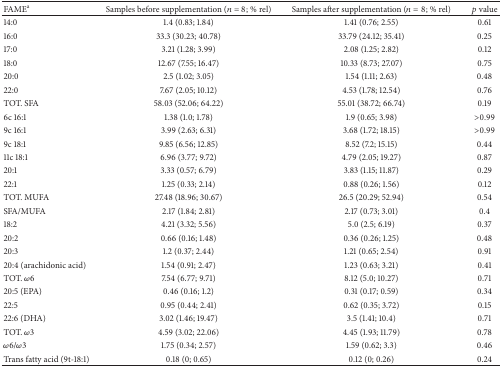
<table><thead><tr><td><b>FAME<sup>a</sup></b></td><td><b>Samples before supplementation (<i>n</i> = 8; % rel)</b></td><td><b>Samples after supplementation (<i>n</i> = 8; % rel)</b></td><td><b><i>p</i> value</b></td></tr></thead><tbody><tr><td>14:0</td><td>1.4 (0.83; 1.84)</td><td>1.41 (0.76; 2.55)</td><td>0.61</td></tr><tr><td>16:0</td><td>33.3 (30.23; 40.78)</td><td>33.79 (24.12; 35.41)</td><td>0.25</td></tr><tr><td>17:0</td><td>3.21 (1.28; 3.99)</td><td>2.08 (1.25; 2.82)</td><td>0.12</td></tr><tr><td>18:0</td><td>12.67 (7.55; 16.47)</td><td>10.33 (8.73; 27.07)</td><td>0.75</td></tr><tr><td>20:0</td><td>2.5 (1.02; 3.05)</td><td>1.54 (1.11; 2.63)</td><td>0.48</td></tr><tr><td>22:0</td><td>7.67 (2.05; 10.12)</td><td>4.53 (1.78; 12.54)</td><td>0.76</td></tr><tr><td>TOT. SFA</td><td>58.03 (52.06; 64.22)</td><td>55.01 (38.72; 66.74)</td><td>0.19</td></tr><tr><td>6c 16:1</td><td>1.38 (1.0; 1.78)</td><td>1.9 (0.65; 3.98)</td><td>&gt;0.99</td></tr><tr><td>9c 16:1</td><td>3.99 (2.63; 6.31)</td><td>3.68 (1.72; 18.15)</td><td>&gt;0.99</td></tr><tr><td>9c 18:1</td><td>9.85 (6.56; 12.85)</td><td>8.52 (7.2; 15.15)</td><td>0.44</td></tr><tr><td>11c 18:1</td><td>6.96 (3.77; 9.72)</td><td>4.79 (2.05; 19.27)</td><td>0.87</td></tr><tr><td>20:1</td><td>3.33 (0.57; 6.79)</td><td>3.83 (1.15; 11.87)</td><td>0.29</td></tr><tr><td>22:1</td><td>1.25 (0.33; 2.14)</td><td>0.88 (0.26; 1.56)</td><td>0.12</td></tr><tr><td>TOT. MUFA</td><td>27.48 (18.96; 30.67)</td><td>26.5 (20.29; 52.94)</td><td>0.54</td></tr><tr><td>SFA/MUFA</td><td>2.17 (1.84; 2.81)</td><td>2.17 (0.73; 3.01)</td><td>0.4</td></tr><tr><td>18:2</td><td>4.21 (3.32; 5.56)</td><td>5.0 (2.5; 6.19)</td><td>0.37</td></tr><tr><td>20:2</td><td>0.66 (0.16; 1.48)</td><td>0.36 (0.26; 1.25)</td><td>0.48</td></tr><tr><td>20:3</td><td>1.2 (0.37; 2.44)</td><td>1.21 (0.65; 2.54)</td><td>0.91</td></tr><tr><td>20:4 (arachidonic acid)</td><td>1.54 (0.91; 2.47)</td><td>1.23 (0.63; 3.21)</td><td>0.41</td></tr><tr><td>TOT. <i>ω</i>6</td><td>7.54 (6.77; 9.71)</td><td>8.12 (5.0; 10.27)</td><td>0.71</td></tr><tr><td>20:5 (EPA)</td><td>0.46 (0.16; 1.2)</td><td>0.31 (0.17; 0.59)</td><td>0.34</td></tr><tr><td>22:5</td><td>0.95 (0.44; 2.41)</td><td>0.62 (0.35; 3.72)</td><td>0.15</td></tr><tr><td>22:6 (DHA)</td><td>3.02 (1.46; 19.47)</td><td>3.5 (1.41; 10.4)</td><td>0.71</td></tr><tr><td>TOT. <i>ω</i>3 </td><td>4.59 (3.02; 22.06)</td><td>4.45 (1.93; 11.79)</td><td>0.78</td></tr><tr><td><i>ω</i>6/<i>ω</i>3</td><td>1.75 (0.34; 2.57)</td><td>1.59 (0.62; 3.3)</td><td>0.46</td></tr><tr><td>Trans fatty acid (9t-18:1)</td><td>0.18 (0; 0.65)</td><td>0.12 (0; 0.26)</td><td>0.24</td></tr></tbody></table>